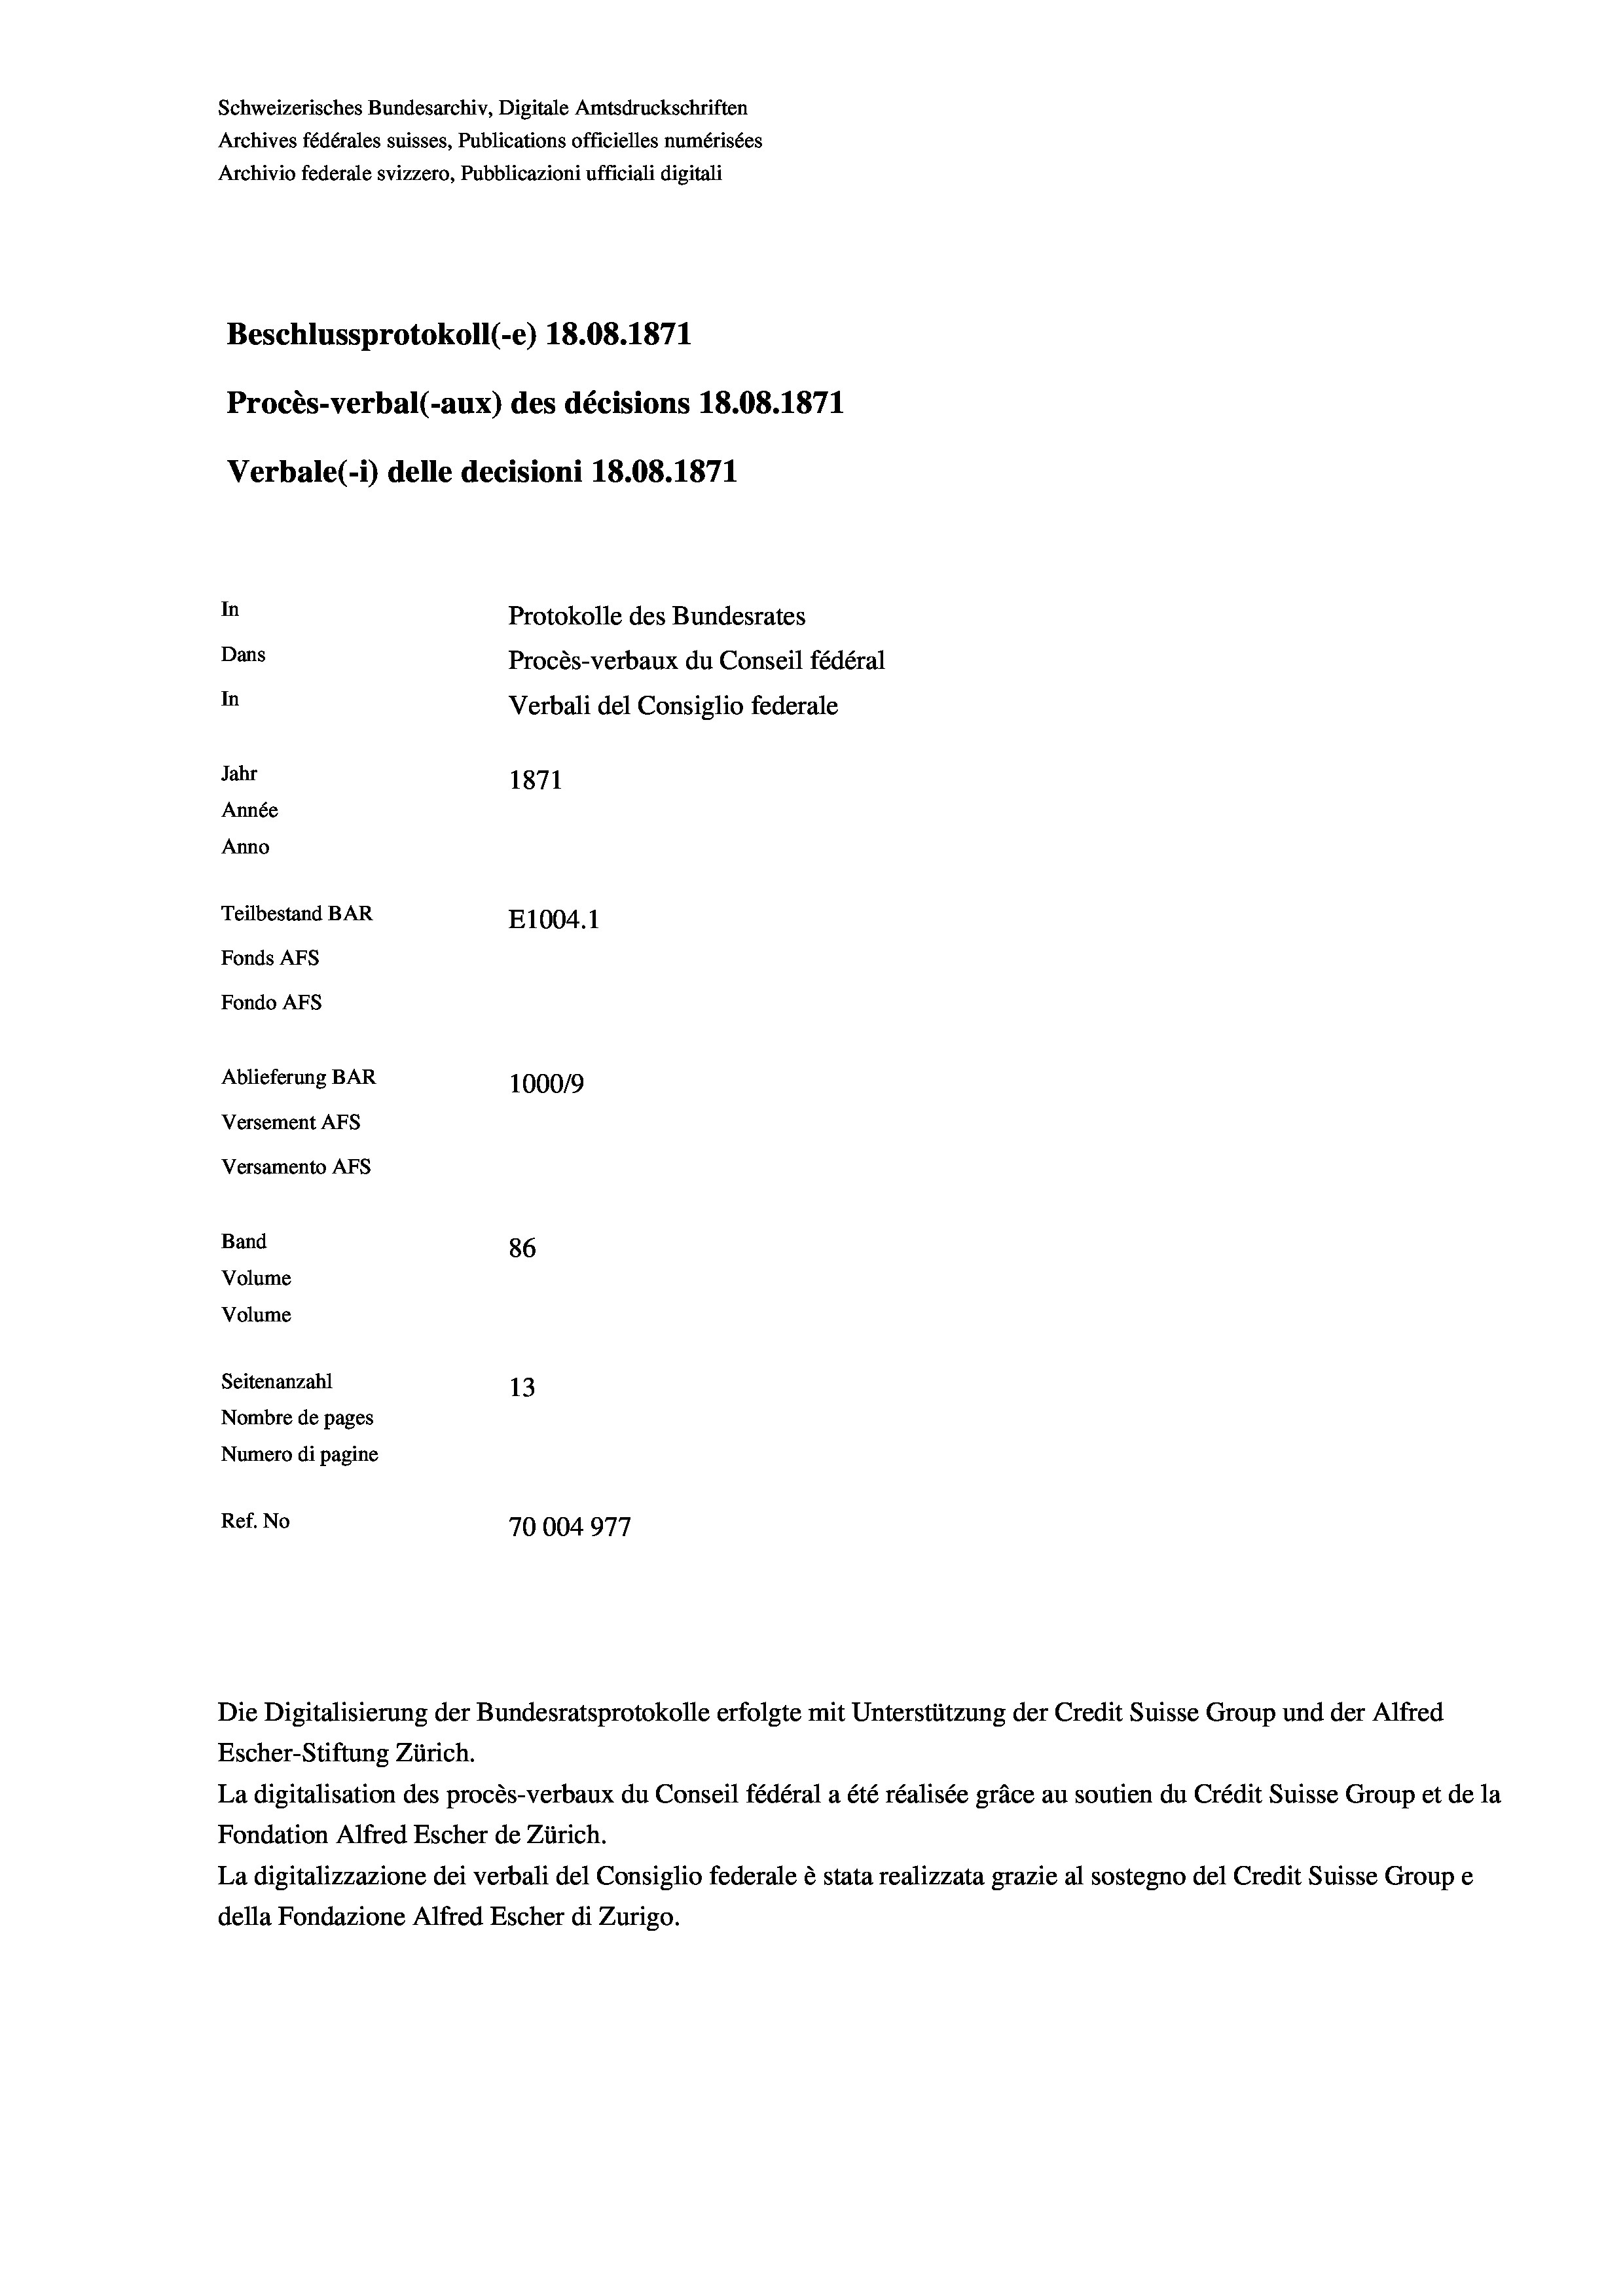
Schweizerisches Bundesarchiv, Digitale Amtsdruckschriften
Archives fédérales suisses, Publications officielles numérisées
Archivio federale svizzero, Pubblicazioni ufficiali digitali
Beschlussprotokoll (e) 18.08. 1871
Procès-verbal (-aux) des décisions 18.08. 1871
Verbale (i) delle decisioni 18.08. 1871
In
Protokolle des Bundesrates
Dans
Procès-verbaux du Conseil fédéral
In
Verbali del Consiglio federale
Jahr
1871
Année
Anno
Teilbestand BAR
E1004. 1
Fonds AFs
Fondo AFs
Ablieferung BAR
100019
Versement Abs
Versamento Afs
Band
86
Volume
Volume
Seitenanzahl
13
Nombre de pages
Numero di pagine
Ref. No
70004977

Die Digitalisierung der Bundesratsprotokolle erfolgte mit Unterstützung der Credit Suisse Group und der Alfred
Escher-Stiftung Zürich.
La digitalisation des procès-verbaux du Conseil fédéral a été réalisée gräce au soutien du Crédit Suisse Group et de la
Fondation Alfred Escher de Zürich.
La digitalizzazione dei verbali del Consiglio federale è stata realizzata grazie al sostegno del Credit Suisse Groupe
della Fondazione Alfred Escher di Zurigo.